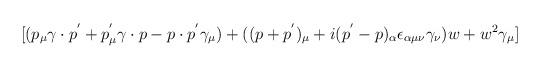
LaTeX: \begin{align*}\lbrack (p_{\mu }\gamma \cdot p^{^{\prime }}+p_{\mu }^{^{\prime }}\gamma\cdot p-p\cdot p^{^{\prime }}\gamma _{\mu })+((p+p^{^{\prime }})_{\mu}+i(p^{^{\prime }}-p)_{\alpha }\epsilon _{\alpha \mu \nu }\gamma _{\nu})w+w^{2}\gamma _{\mu }]\end{align*}